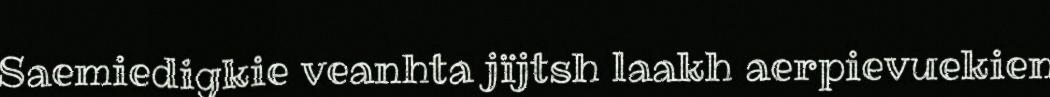
Saemiedigkie veanhta jïjtsh laakh aerpievuekien